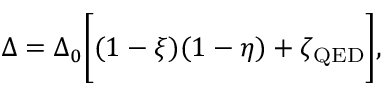
\Delta = \Delta _ { 0 } \bigg [ ( 1 - \xi ) ( 1 - \eta ) + \zeta _ { \mathrm { Q E D } } \bigg ] ,